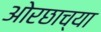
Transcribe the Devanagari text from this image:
ओरछाच्या